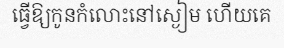
ធ្វើឱ្យកូនកំលោះនៅស្ងៀម ហើយគេ